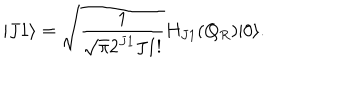
| J 1 \rangle = \sqrt { \frac { 1 } { \sqrt { \pi } 2 ^ { J 1 } J 1 ! } } H _ { J 1 } ( Q _ { R } ) | 0 \rangle .